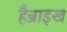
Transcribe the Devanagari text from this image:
हैन्राइख